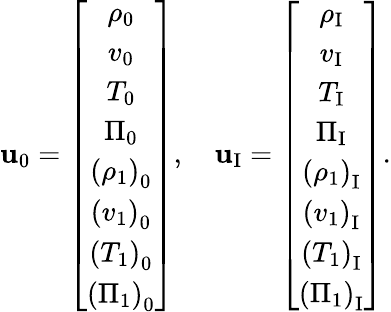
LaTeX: \mathbf{u}_{0}=\left[\begin{array}{c}{\rho_{0}}\\ {v_{0}}\\ {T_{0}}\\ {\Pi_{0}}\\ {\left(\rho_{1}\right)_{0}}\\ {\left(v_{1}\right)_{0}}\\ {\left(T_{1}\right)_{0}}\\ {\left(\Pi_{1}\right)_{0}}\end{array}\right],\quad\mathbf{u}_{\mathrm{I}}=\left[\begin{array}{c}{\rho_{\mathrm{I}}}\\ {v_{\mathrm{I}}}\\ {T_{\mathrm{I}}}\\ {\Pi_{\mathrm{I}}}\\ {\left(\rho_{1}\right)_{\mathrm{I}}}\\ {\left(v_{1}\right)_{\mathrm{I}}}\\ {\left(T_{1}\right)_{\mathrm{I}}}\\ {\left(\Pi_{1}\right)_{\mathrm{I}}}\end{array}\right].